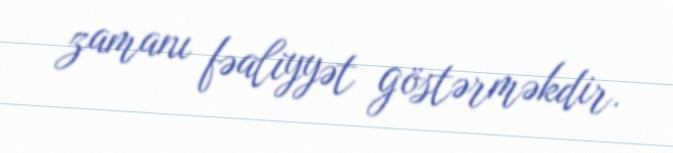
zamanı fəaliyyət göstərməkdir.